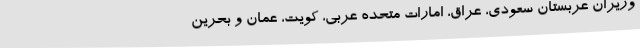
وزیران عربستان سعودی، عراق، امارات متحده عربی، کویت، عمان و بحرین